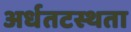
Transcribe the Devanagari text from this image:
अर्धतटस्थता